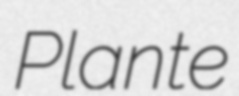
Plante